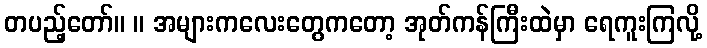
တပည့်တော်။ ။ အများကလေးတွေကတော့ အုတ်ကန်ကြီးထဲမှာ ရေကူးကြလို့